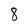
Character: 8